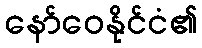
နော်ဝေနိုင်ငံ၏